Vaccination in Burma 1889-1999 - 1889-1999
Year: 1889
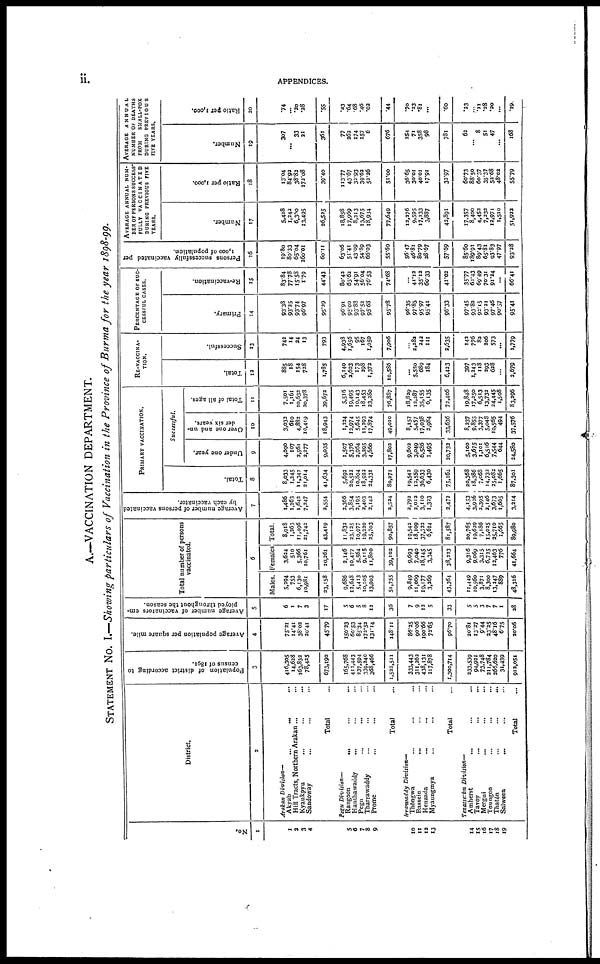
ii.
APPENDICES.
A.—VACCINATION DEPARTMENT.
STATEMENT No. I.—Showing particulars of Vaccination in the Province of Burma for the year 1898-99.
No.
1
1
3
3
4
5
6
7
8
9
10
11
12
13
14
15
16
17
18
19
District.
2
Arakan
Division—
Akyab...
...
Hill Tracts, Northern Arakan ...
Kyaukpyu... ...
Sandoway... ...
Total...
Pegu
Division—
Rangoon...
...
Hanthawaddy... ...
Pegu... ...
Tharrawaddy... ...
Prome... ...
Total... ...
Irrawaddy
Division—
Thôngwa... ...
Bassein...
...
Henzada...
...
Myaungmya... ...
Total...
Tenasserim
Division—
Amherst...
...
Tavoy... ...
Mergui... ...
Toungoo... ...
Thatôn... ...
Salween...
...
Total...
Population of district according to
census of 1891.
3
416,305
14,628
163,832
78,425
673,190
165,768
411,443
237,594
339,240
368,466
1,522,511
333,443
311,262
438,131
217,878
1,300,714
233,539
94,921
73,748
211,784
266,620
31,439
912,051
Average population per square mile.
4
75.21
14.41
38.02
20.41
45.79
150.23
60.53
85.34
172.52
131.14
148.11
86.25
90.06
190.66
72.65
96.70
20.81
13.27
9.44
23.35
48.16
6.75
20.06
Average number of vaccinators em-
ployed throughout the season.
5
6
1
7
3
17
5
6
5
8
12
36
7
9
12
5
33
5
5
3
7
7
1
28
Total number of persons
vaccinated.
6
Males.
5,294
753
6,130
10,981
23,158
9,686
12,648
5,413
10,105
13,903
51,755
9,849
11,069
19,177
3,269
43,364
11,449
10,560
3,871
8,300
13,247
889
48,316
Females
3,624
510
5,366
10,761
20,261
2,146
10,477
5,564
9,115
11,800
39,102
9,693
7,040
18,145
3,345
38,223
9,316
9,069
3,315
6,735
12,463
776
41,664
Total.
8,918
1,263
11,496
21,742
43,419
11,832
23,125
10,977
19,320
25,703
90,857
19,542
18,109
37,322
6,614
81,587
20,765
19,629
7,186
15,025
25,710
1,665
89,980
Average number of persons vaccinated
by each vaccinator.
7
1,486
1,263
1,642
7,347
2,554
2,366
3,854
2,195
2,403
2,142
2,534
3,792
2,012
3,110
1,323
2,472
4,153
3,926
2,395
2,146
3,673
1,665
3,214
PRIMARY VACCINATION.
Total.
8
8,033
1,245
11,342
21,014
41,634
5,692
20,532
10,804
18,922
24,331
80,271
19,542
12,559
36,633
6,430
75,164
20,368
18,386
7,068
14,732
25,082
1,665
87,301
Successful.
Under one year.
9
4,090
107
2,561
2,277
9,035
1,507
5,376
2,964
3,295
4,660
17,802
9,602
3,049
6,586
1,495
20,733
5,100
3,675
1,101
6,516
7,544
644
24,580
Over one and un-
der six years.
10
3,032
610
4,882
10,419
18,943
1,324
13,974
5,645
11,393
17,874
49,010
8,157
5,457
17,038
2,984
33,636
8,237
9,855
3,377
5,048
10,565
494
37,576
Total of all ages.
11
7,501
1,161
10,632
20,378
39,672
5,516
19,495
10,143
18,453
23,280
76,887
18,829
12,287
35,155
6,135
72,406
19,848
17,250
6,513
13,732
34,445
1,508
83,296
RE-VACCINA-
TION.
Total.
12
885
18
154
728
1,785
6,140
2,603
173
298
1,372
10,586
...
5,550
689
184
6,423
397
1,243
118
293
628
...
2,679
Successful.
13
742
14
24
13
793
4,938
1,656 95
167
1,050
7,906
...
3,383
242
111
2,635
142
776
82
206
573
...
1,779
PERCENTAGE OF SUC-
CESSFUL CASES.
Primary.
14
93.38
93.25
93.74
96.97
95.29
96.91
95.00
93.88
97.52
95.68
95.78
96.35
97.83
95.97
95.41
96.33
97.45
93.82
95.15
93.21
97.46
90.57
95.41
Re-vaccination.
15
83.84
77.78
15.58
1.79
44.43
80.42
63.62
54.91
56.04
76.53
74.68
...
41.12
35.12
60.33
41.02
35.77
62.43
69.49
70.31
91.24
...
66.41
Persons successfully vaccinated per
1,000 of population.
16
19.80
80.33
65.04
260.01
60.11
63.06
51.41
43.09
54.89
66.03
55.69
56.47
46.81
80.79
28.67
57.69
85.60
189.91
89.43
65.81
93.83
47.97
93.38
AVERAGE ANNUAL NUM-
BER OF PERSONS SUCCESS-
FULLY
VACCINATED
DURING PREVIOUS FIVE
YEARS.
Number.
17
5,428
1,242
6,360
13,495
26,535
18,858
17,969
8,213
13,675
18,934
77,649
12,276
9,595
17,133
3,887
42,891
17,357
8,400
4,452
7,332
12,971
1,510
51,922
Ratio per 1,000.
18
13.04
84.92
38.82
172.08
39.40
113.77
43.67
33.93
39.62
53.26
51.00
36.65
30.01
40.01
17.91
33.97
60.73
88.50
60.37
35.37
52.68
48.02
55.79
AVERAGE
ANNUAL
NUMBER OF DEATHS
FROM
SMALL-POX
DURING
PREVIOUS
FIVE YEARS.
Number.
19
307
... 33
21
361
77
262
174
157
6
676
254
71
358
98
781
62
... 8
51
47
...
168
Ratio per 1,000.
20
.74
...
.20
.28
.55
.43
.64
.68
.46
.02
.44
.70
.23
.81
...
.60
.23
...
.11
.38
.20
...
.19